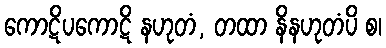
ကောဋိပကောဋိ နဟုတံ, တထာ နိနဟုတံပိ စ၊